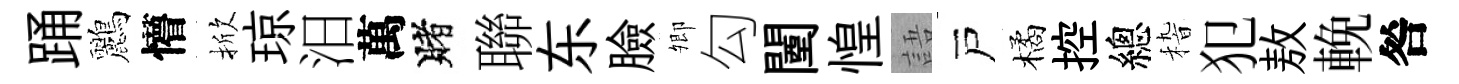
踊鸝懵掀琼汨萬賭聯东臉𡖖勾闉惶語戸橘控總𥟵犯敖輓咎